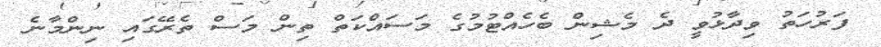
ފަރުހަތު ވިދާޅުވީ ދެ މެޝިން ބެހެއްޓުމުގެ މަސައްކަތް ތިން މަސް ތެރޭގައި ނިންމާނެ